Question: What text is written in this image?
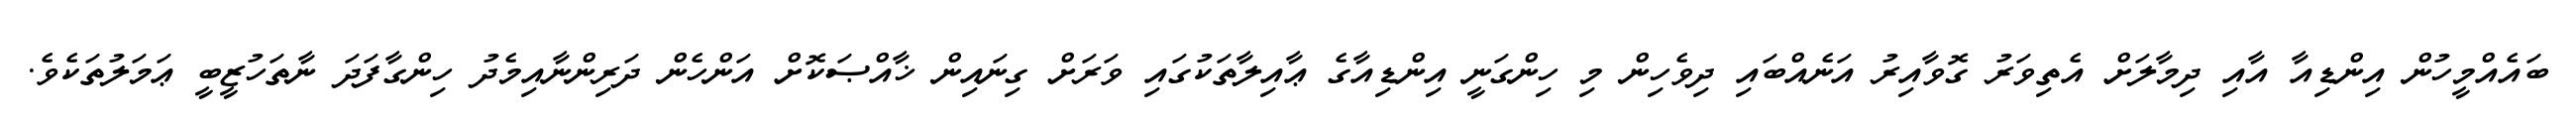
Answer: ބައެއްމީހުން އިންޑިއާ އާއި ދިމާލަށް އެތިވަރު ގޮވާއިރު އަނެއްބައި ދިވެހިން މި ހިންގަނީ އިންޑިއާގެ ޢާއިލާތަކުގައި ވަރަށް ގިނައިން ޚާއްޞަކޮށް އަންހެން ދަރިންނާއިމެދު ހިންގާފަދަ ނާތަހުޒީބީ ޢަމަލުތަކެވެ.